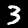
Label: 3